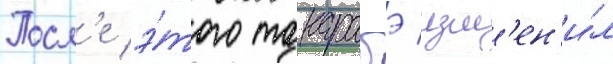
Посл'е э́того такарабэ изм'ен'и́л